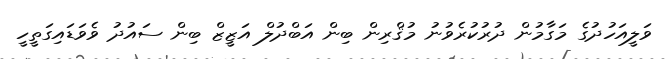
ވަލީއަހުދުގެ މަގާމުން ދުރުކުރެވުނު މުޤްރިން ބިން އަބްދުލް އަޒީޒް ބިން ސައުދު ވެވަޑައިގަތީހީ